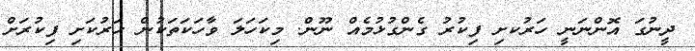
ދީނުގަ އޮންނަނީ ހަރުކށި ފިކުރު ގެންގުޅުމެއް ނޫން. މިކަހަަލަ ވާހަކަތަކުން ހަރުކަށި ފިކުރަށް